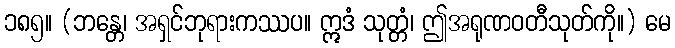
၁၈၅။ (ဘန္တေ၊ အရှင်ဘုရားကဿပ။ ဣဒံ သုတ္တံ၊ ဤအရုဏဝတီသုတ်ကို။) မေ